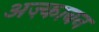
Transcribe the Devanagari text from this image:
अज़्काबन